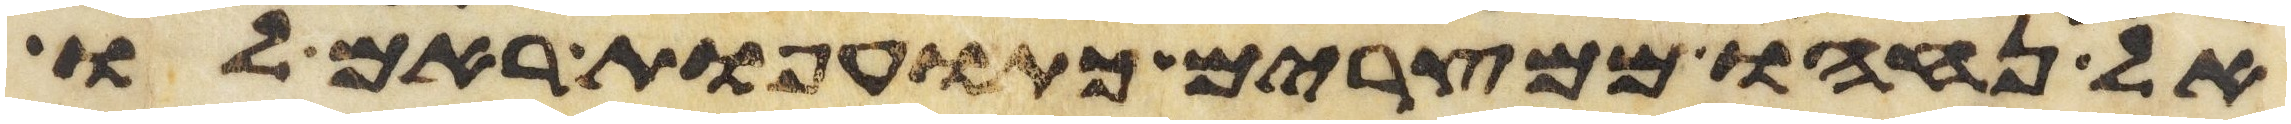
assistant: אל נחהו ממצרים כתועפת ראם לו